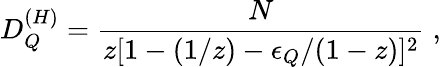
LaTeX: D_{Q}^{(H)}=\frac{N}{z[1-(1/z)-\epsilon_{Q}/(1-z)]^{2}}\; ,